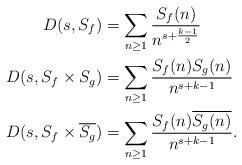
LaTeX: \begin{align*} D(s, S_f) &= \sum_{n \geq 1} \frac{S_f(n)}{n^{s + \frac{k-1}{2}}} \\ D(s, S_f \times S_g) &= \sum_{n \geq 1} \frac{S_f(n) S_g(n)}{n^{s + k-1}} \\ D(s, S_f \times \overline{S_g}) &= \sum_{n \geq 1} \frac{S_f(n) \overline{S_g(n)}}{n^{s + k-1}}.\end{align*}